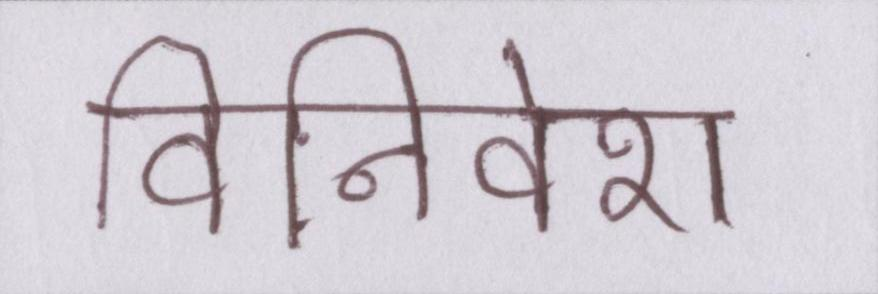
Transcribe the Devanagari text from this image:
विनिवेश